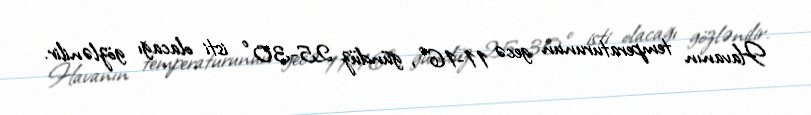
Havanın temperaturunun gecə 11-16°, gündüz 25-30° isti olacağı gözlənilir.